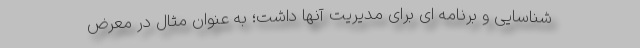
شناسایی و برنامه ای برای مدیریت آنها داشت؛ به عنوان مثال در معرض